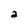
Character: 2